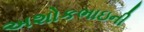
અશોકભાઇની